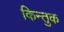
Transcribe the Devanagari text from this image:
किन्तुक